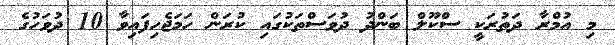
މި އުމްރާ ދަތުރަކީ ސްކޫލް ބަންދު ދުވަސްތަކުގައި ކުރަން ހަމަޖެހިފައިވާ 10 ދުވަހުގެ